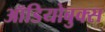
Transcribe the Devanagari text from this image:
ऑडियोबुक्स